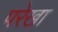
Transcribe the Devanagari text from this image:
परेखा